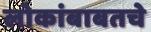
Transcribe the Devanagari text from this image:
लोकांबाबतचे